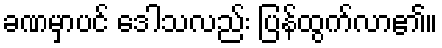
ခဏမှာပင် ဒေါသလည်း ပြန်ထွက်လာ၏။